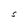
Character: S